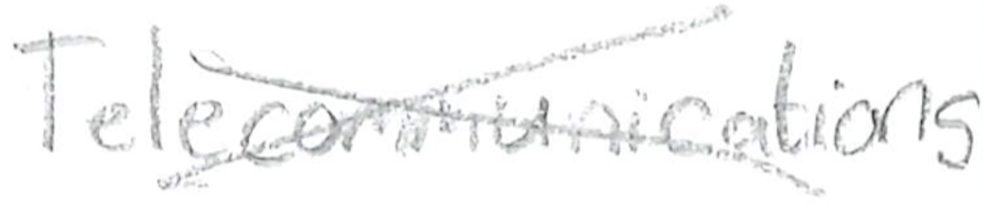
Text: Telecommunications
Cross-out: cross
Writing tool: pencil